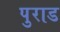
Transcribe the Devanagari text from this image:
पुराड